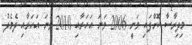
މިދިރާސާ ކޮށްފައި ވަނީ 2006 ވަނަ އަހަރާއި 2010 ވަނަ އަހަރާއި ދެމެދު